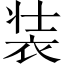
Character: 装